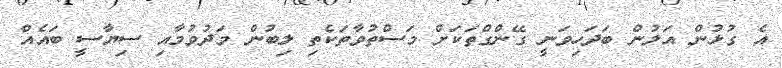
އެ ގުޅުން އަލުން ބަދަހިވަނީ ގޭންގްތަކަށް މަސްތުވާތަކެތި ލިބުން މަދުވުމާއި ސިޔާސީ ބައެއް